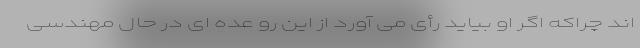
اند چراکه اگر او بیاید رأی می آورد از این رو عده ای در حال مهندسی